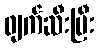
ဖျက်ဆီးပြီး